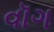
વૉગ